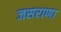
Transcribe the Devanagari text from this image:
जसराणा